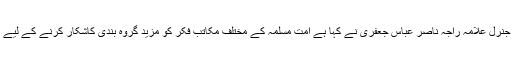
15 جنوری2018ء) مجلس وحدت مسلمین پاکستان کے مرکزی سیکرٹری جنرل علامہ راجہ ناصر عباس جعفری نے کہا ہے امت مسلمہ کے مختلف مکاتب فکر کو مزید گروہ بندی کاشکار کرنے کے لیے اسلام دشمن طاقتیں بڑی تیزی سے اپنے مذموم ہتھکنڈوں میں مصروف ہیں۔